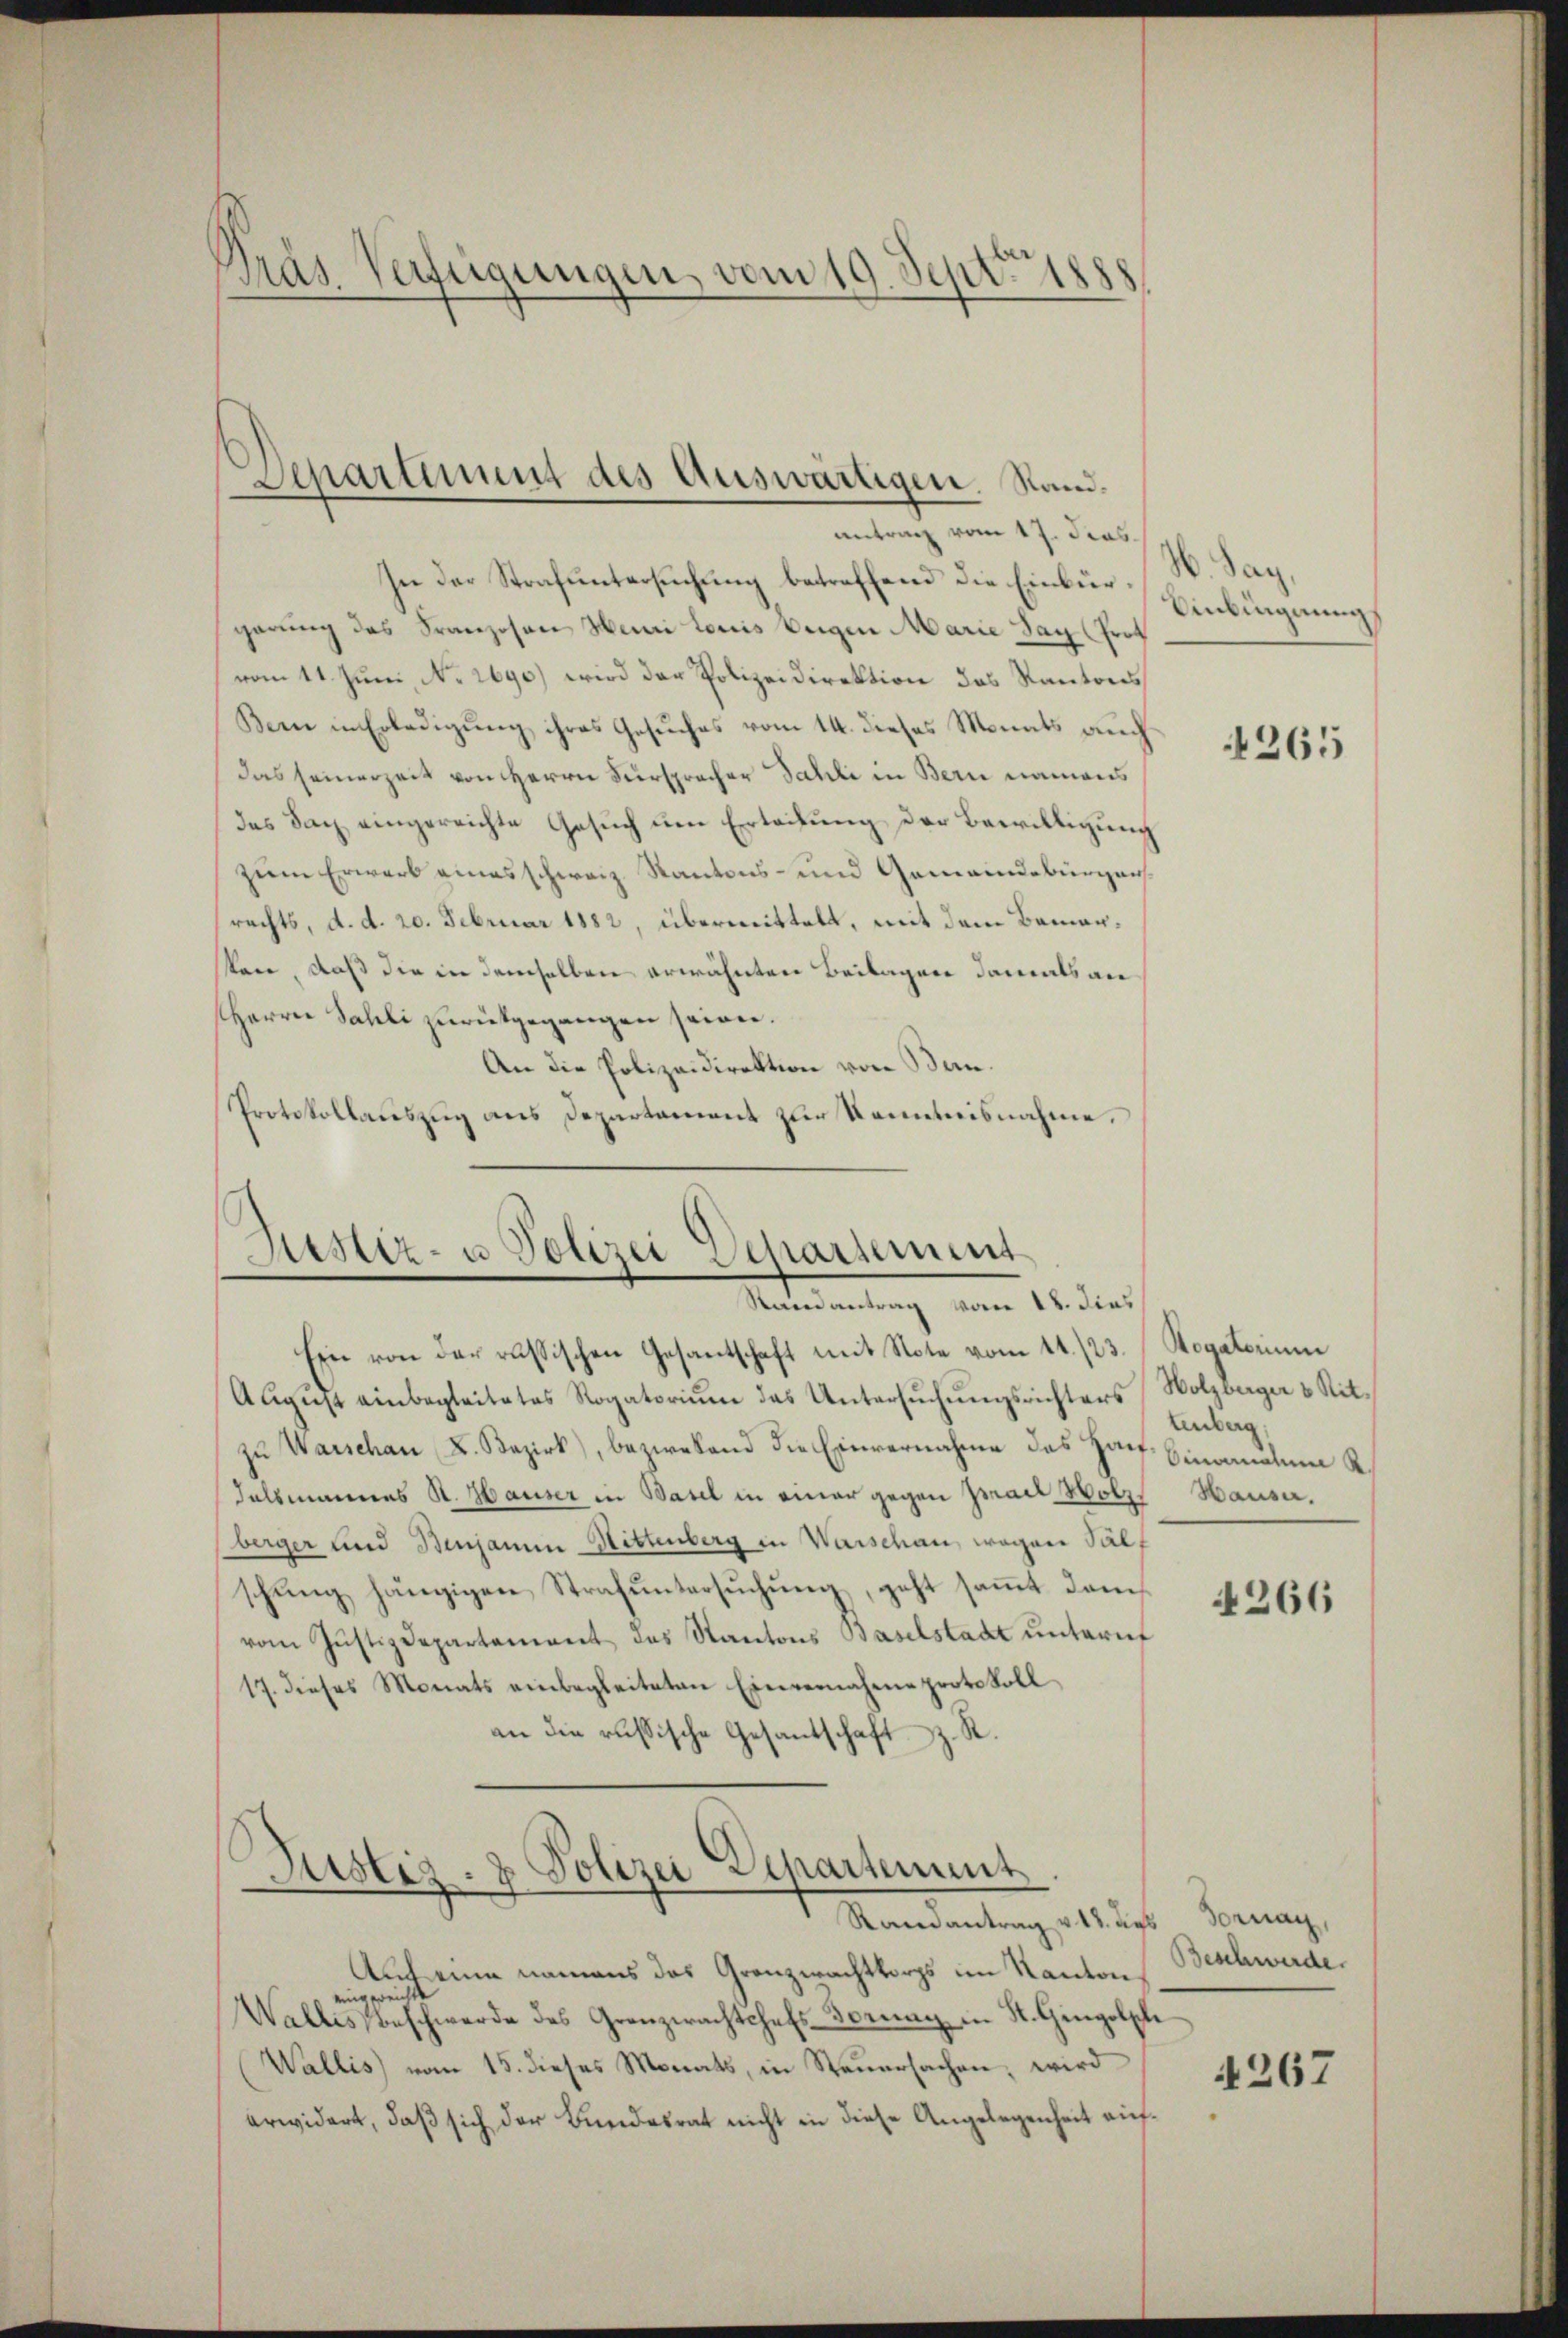
Präs. Verfügungen, vom 19. Septbr 179

Separtiment des Auswärtigen. Sandantrag vom 17. Jras.

In der Strafuntersuchung betreffend die Einbürgerung des Franzosen Henri Louis beigen Marie Sag (Prot
vom 11. Juni, No. 2690) wird der Polizeidirektion des Kantons
Bern in Erledigung ihres Gesuches vom 14. dieses Monats auch
das seinerzeit von HHerrn Fürspracher Sahli in Bern namens
des Sach eingereichte Gesuch um Erleihung der Bewilligung
zum Erwarb eines schweiz. Kantons- und Gemeindebürgers
rechts, d. d. 20. Februar 1882, übermittelt, mit dem Bamanstare, daß die in demselben erwähnten Beilagen damals an
Herrn Sahli zurückgegangen seien.
An die Polizeidirektion von Ban¬
Protokollauszug aus Departement zur Kenntnisnahme,

Arsitz- u Polizei Departement
Stainantrag vom 18. dies

Justiz- & Polizei Departement
Ramantrag v. 12. dies Fornay,

Ein von der russischen Gesantschaft mit Note vom 14./23. Rogatorium
August einbegleitetes Rogatorium das Untersuchungsrichters (Wolzberger u Ritzu Warschan L. Bezirk), bezwesend die Einvernahme das Haut Eincanalen R.
delsmannes R. Hauser in Basel in einer gegen pract Holz, Hauser.
berger und Benjamin Hittenberg in Warschau, wegen Sälschung hängigen Strafuntersuchung, geht sammt demvom Justizdepartement das Kantons Baselstadt unterief
17. dieses Monats einbegleiteten Einvernahme protokoll
an die russische Gesandtschaft z. R.

Auch eine namens das Granzwachtkorps im Kanton Beschwerde.
eingereichte
Wallis beschwerde des Grenzerachtchefs-Fornay in St. Gingolphe
Wallis vom 15. dieses Monats, in Steuersachen, wird
erwidert, daß sich der Bundesrat nicht in diese Angelegenheit auf¬

d. Dag
Einbignung

4265

Einberg

4266

4267